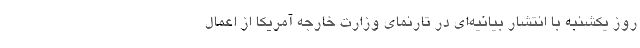
روز یکشنبه با انتشار بیانیه‌ای در تارنمای وزارت خارجه آمریکا از اعمال